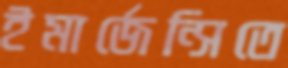
ইমার্জেন্সিতে